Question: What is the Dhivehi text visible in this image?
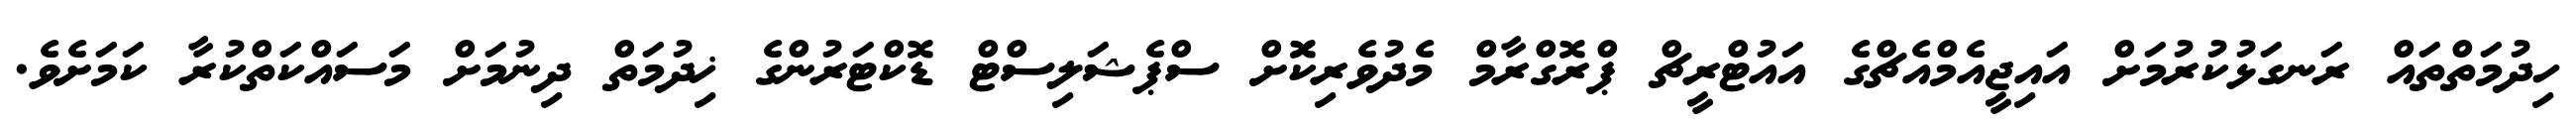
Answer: ހިދުމަތްތައް ރަނގަޅުކުރުމަށް އައިޖީއެމްއެޗްގެ އައުޓްރީޗް ޕްރޮގްރާމް މެދުވެރިކޮަށް ސްޕެޝަލިސްޓް ޑޮކްޓަރުންގެ ޚިދުމަތް ދިނުމަށް މަސައްކަތްކުރާ ކަމަށެވެ.